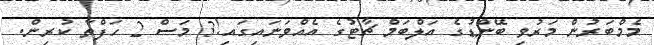
މެމްބަރުން މަރުވި ބޭންޑުގެ އަލްބަމް ޗާޓުގެ އެއްވަނައިގައި!3 މަސް 2 ހަފްތާ ކުރިން.